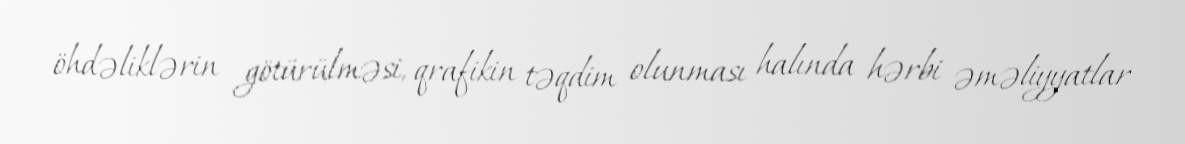
öhdəliklərin götürülməsi, qrafikin təqdim olunması halında hərbi əməliyyatlar